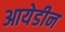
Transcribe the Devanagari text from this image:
आयेडीन